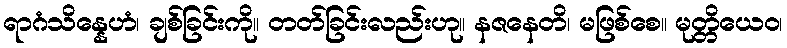
ရာဂံသိန္နေဟံ၊ ချစ်ခြင်းကို။ တတ်ခြင်းလည်းဟု။ နဇနေတိ၊ မဖြစ်စေ။ မုတ္တိယေဝ၊